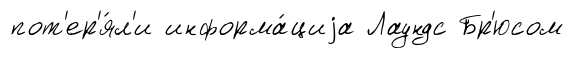
пот'ер'я́л'и информа́циjа Лаундс Бр'юсом